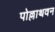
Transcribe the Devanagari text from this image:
पोल्लाथवन